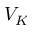
V _ { K }